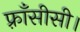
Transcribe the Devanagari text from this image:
फ़्राँसीसी।